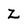
Character: z